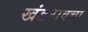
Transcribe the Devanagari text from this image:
खंडेरावचा